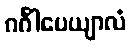
ဂင်္ဂါပေယျာလံ